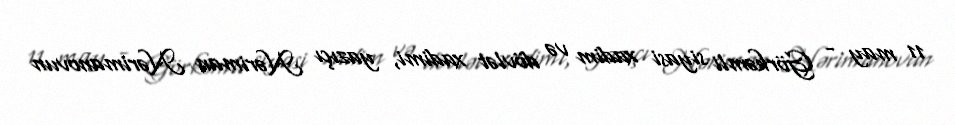
11 may - Görkəmli siyasi xadim və dövlət xadimi, yazıçı Nəriman Nərimanovun